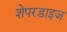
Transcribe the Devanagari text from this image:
शेपरडाइज